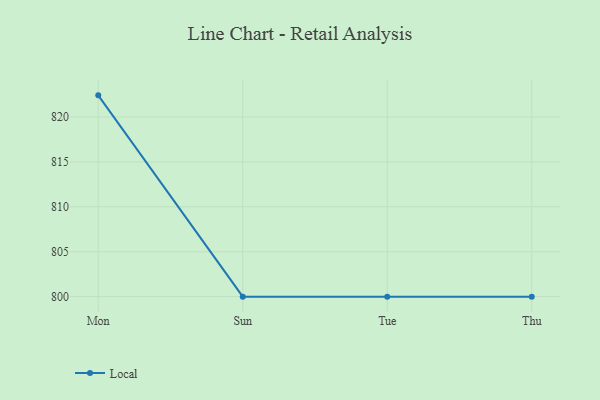
{"axis": {"x": "Day", "y": "Revenue (USD Million)"}, "legend": ["Local"], "data": [{"x": "Mon", "y": 822.4, "type": "Local"}, {"x": "Sun", "y": 800, "type": "Local"}, {"x": "Tue", "y": 800, "type": "Local"}, {"x": "Thu", "y": 800, "type": "Local"}]}